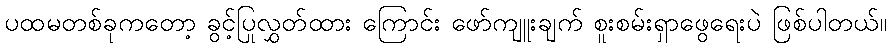
ပထမတစ်ခုကတော့ ခွင့်ပြုလွှတ်ထား ကြောင်း ဖော်ကျူးချက် စူးစမ်းရှာဖွေရေးပဲ ဖြစ်ပါတယ်။